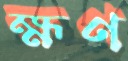
হ্মণ